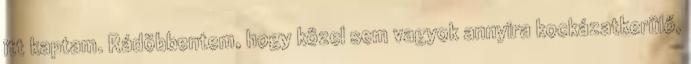
itt kaptam. Rádöbbentem, hogy közel sem vagyok annyira kockázatkerülő,